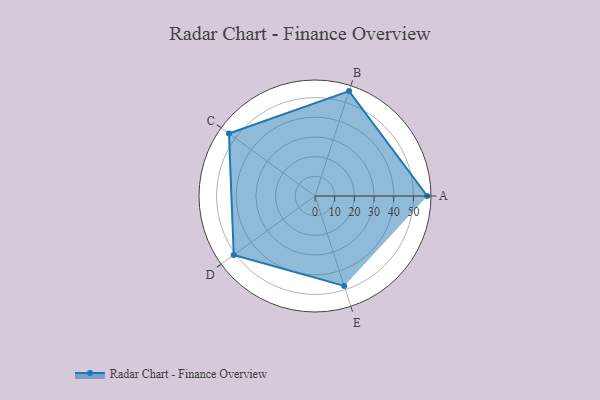
{"axis": {"x": "Skill", "y": "Score"}, "legend": ["Profile"], "data": [{"x": "A", "y": 57.0, "type": "Profile"}, {"x": "B", "y": 56.0, "type": "Profile"}, {"x": "C", "y": 54.0, "type": "Profile"}, {"x": "D", "y": 51.0, "type": "Profile"}, {"x": "E", "y": 48.0, "type": "Profile"}]}